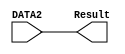
`timescale  1ns/100ps

module FORWARD(DATA2,Result);  //Module to forward the data to the output  
input [7:0] DATA2;             //Declaration of 8 bit input port
output  [7:0] Result;           //Declarartion of one 8 bit output port

assign #1 Result=DATA2;  //Data2 is assigned to the output port after a time delay of 1 time unit

endmodule


module ADD(DATA1,DATA2,Result); //Module to add data

input [7:0] DATA1,DATA2;        //Declaration of two 8 bit input ports
output [7:0] Result;            //Declarartion of one 8 bit output port



  assign #2 Result= DATA1 + DATA2;
                           //After a time delay of 2 time units Data1 and Data2 is added and assigned to result

endmodule


module AND(DATA1,DATA2,Result); //Module for the AND operation

input [7:0] DATA1,DATA2;        //Declaration of two 8 bit input ports
output [7:0] Result;            //Declarartion of one 8 bit output port


  assign #1 Result= DATA1 & DATA2;
                       //After a time delay of 1 time unit Data1 and Data2 are AND and then assigned to result

endmodule


module OR(DATA1,DATA2,Result); //Module for the OR operation
input [7:0] DATA1,DATA2;       //Declaration of two 8 bit input ports
output [7:0] Result;           //Declarartion of one 8 bit output port


  assign #1 Result=DATA1 | DATA2;
                          //After a time delay of 1 time unit Data1 and Data2 goes through  OR operation and assigned to the result



endmodule



module alu(DATA1, DATA2, RESULT, SELECT,ZERO); //Main module for the ALU

input [7:0] DATA1,DATA2;                  //Declaration of two 8 bit input ports
input [2:0] SELECT;                       //Declarartion of one 2 bit output port port
output reg [7:0] RESULT;	          //Declarartion of one 8 bit output port register	
output reg ZERO;                 	//Declarartion of one bit output port register	
wire [7:0] WFORWARD,WADD,WAND,WOR;      //Declarartion of four 8 bit wires



FORWARD F1 (DATA2,WFORWARD);        //instantiating FORWARD module as F1
ADD F2 (DATA1, DATA2,WADD);        //instantiating ADD module as F2
AND F3 (DATA1, DATA2,WAND);        //instantiating AND module as F3
OR F4 (DATA1, DATA2,WOR);         //instantiating OR modue as F4

always@(SELECT,WFORWARD,WADD,WAND,WOR) //always block is executed when either one of the sesitivity list is triggered
begin
case(SELECT)                          

3'b000:  RESULT=WFORWARD;      //When select is 000 output of FORWARD to result
3'b001:  RESULT=WADD;          //When select is 001 output of ADD to result
3'b010:  RESULT=WAND;          //When select is 010 output of AND to result
3'b011:  RESULT=WOR; 	       //When select is 011 output of OR to result

endcase

if(RESULT==8'b00000000)
ZERO=1'b1;
else
ZERO=1'b0;

end

endmodule